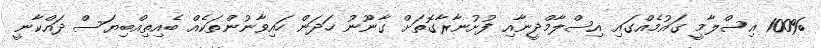
100% އިސްލާމީ ގައުމެއްގައި އިސްލާމްދީނާއި ފުށުނާރާގޮތަށް ގާނޫނު ހަދަން ހައިވާނުންތަކެއް ބެއިތިއްބިޔަސް ދައްކާނީ